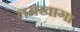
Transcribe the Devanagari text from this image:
लमखागा